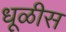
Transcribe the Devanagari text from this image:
धूळीस